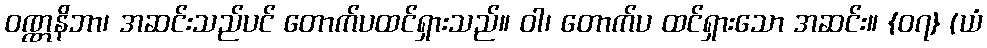
ဝဏ္ဏနိဘာ၊ အဆင်းသည်ပင် တောက်ပထင်ရှားသည်။ ဝါ၊ တောက်ပ ထင်ရှားသော အဆင်း။ {၀၇} (ယံ